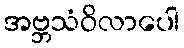
အဗ္ဘသံဝိလာပေါ